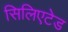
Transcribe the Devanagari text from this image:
सिलिएटेड